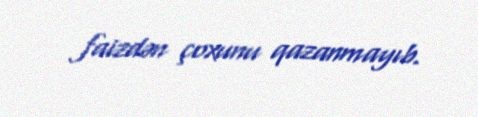
faizdən çoxunu qazanmayıb.